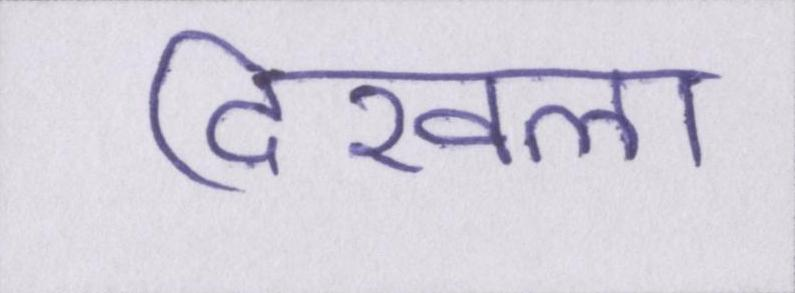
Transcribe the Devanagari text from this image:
दिखला